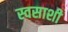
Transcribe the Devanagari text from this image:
स्वसाशी